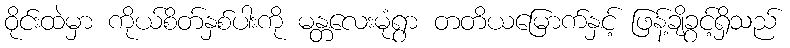
ဝိုင်းထဲမှာ ကိုယ်စိတ်နှစ်ပါးကို မန္တလေးမုံရွာ တတိယမြောက်နှင့် ဖြန့်ချိခွင့်ရှိသည်